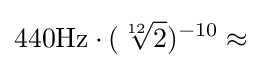
440{\rm {{Hz}\cdot ({\sqrt[{12}]{2}})^{-10}\approx }}